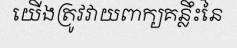
យើងត្រូវវាយពាក្យគន្លឹះនៃ